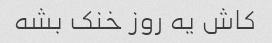
کاش یه روز خنک بشه